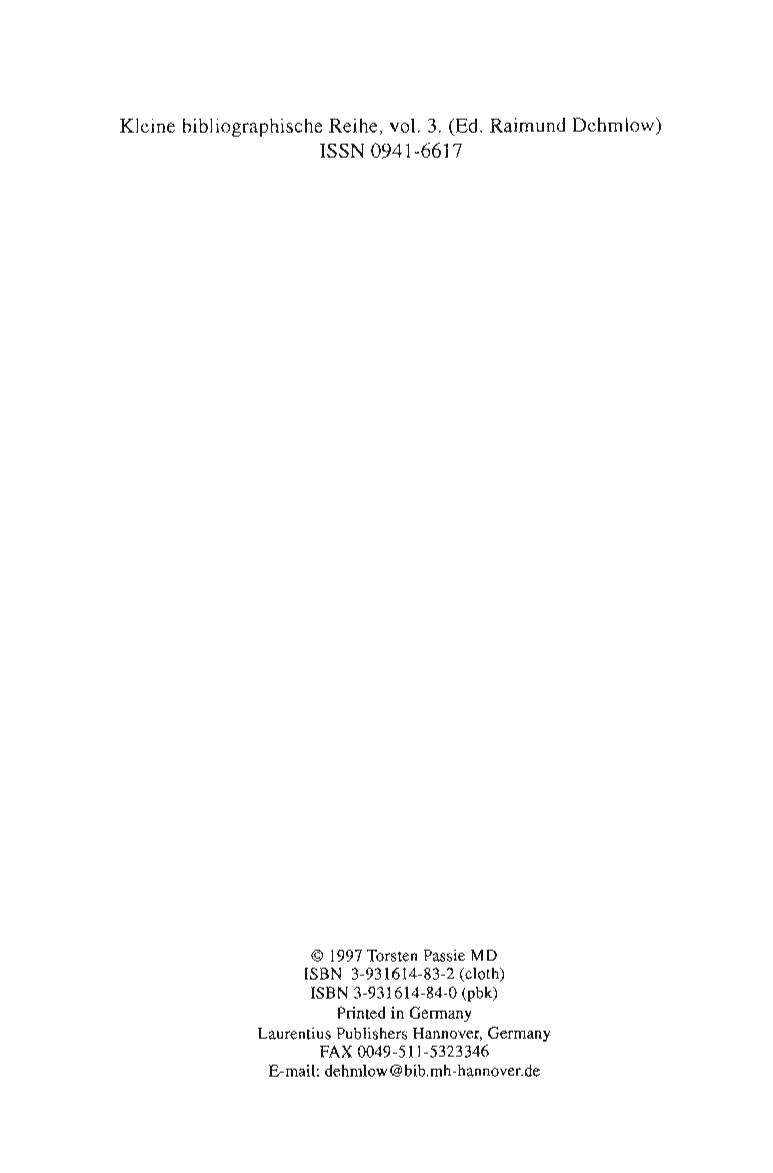
Kleine bibliographische Reihe, vol. 3. (Ed. Raimund Dehmlow)
 ISSN 0941-6617
 © 1997 Torsten Passie MD
 ISBN 3-931614-83-2 (cloth)
 ISBN 3-931614-84-0 (pbk)
 Printed in Germany
 Laurentius Publishers Hannover, Germany
 FAX 0049-511-5323346
 E-mail: dehmlow@bib.mh-hannover.de